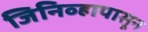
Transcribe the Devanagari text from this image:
जिनिव्हापासून